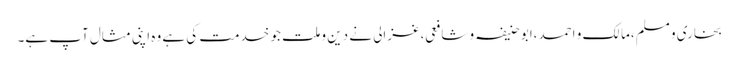
بخاری و مسلم،مالک و احمد،ابو حنیفہ و شافعی،غزالی نے دین و ملت جو خدمت کی ہے وہ اپنی مثال آپ ہے۔